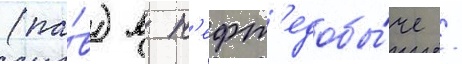
(па́в) в н'ефт'едобы́че /